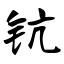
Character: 钪